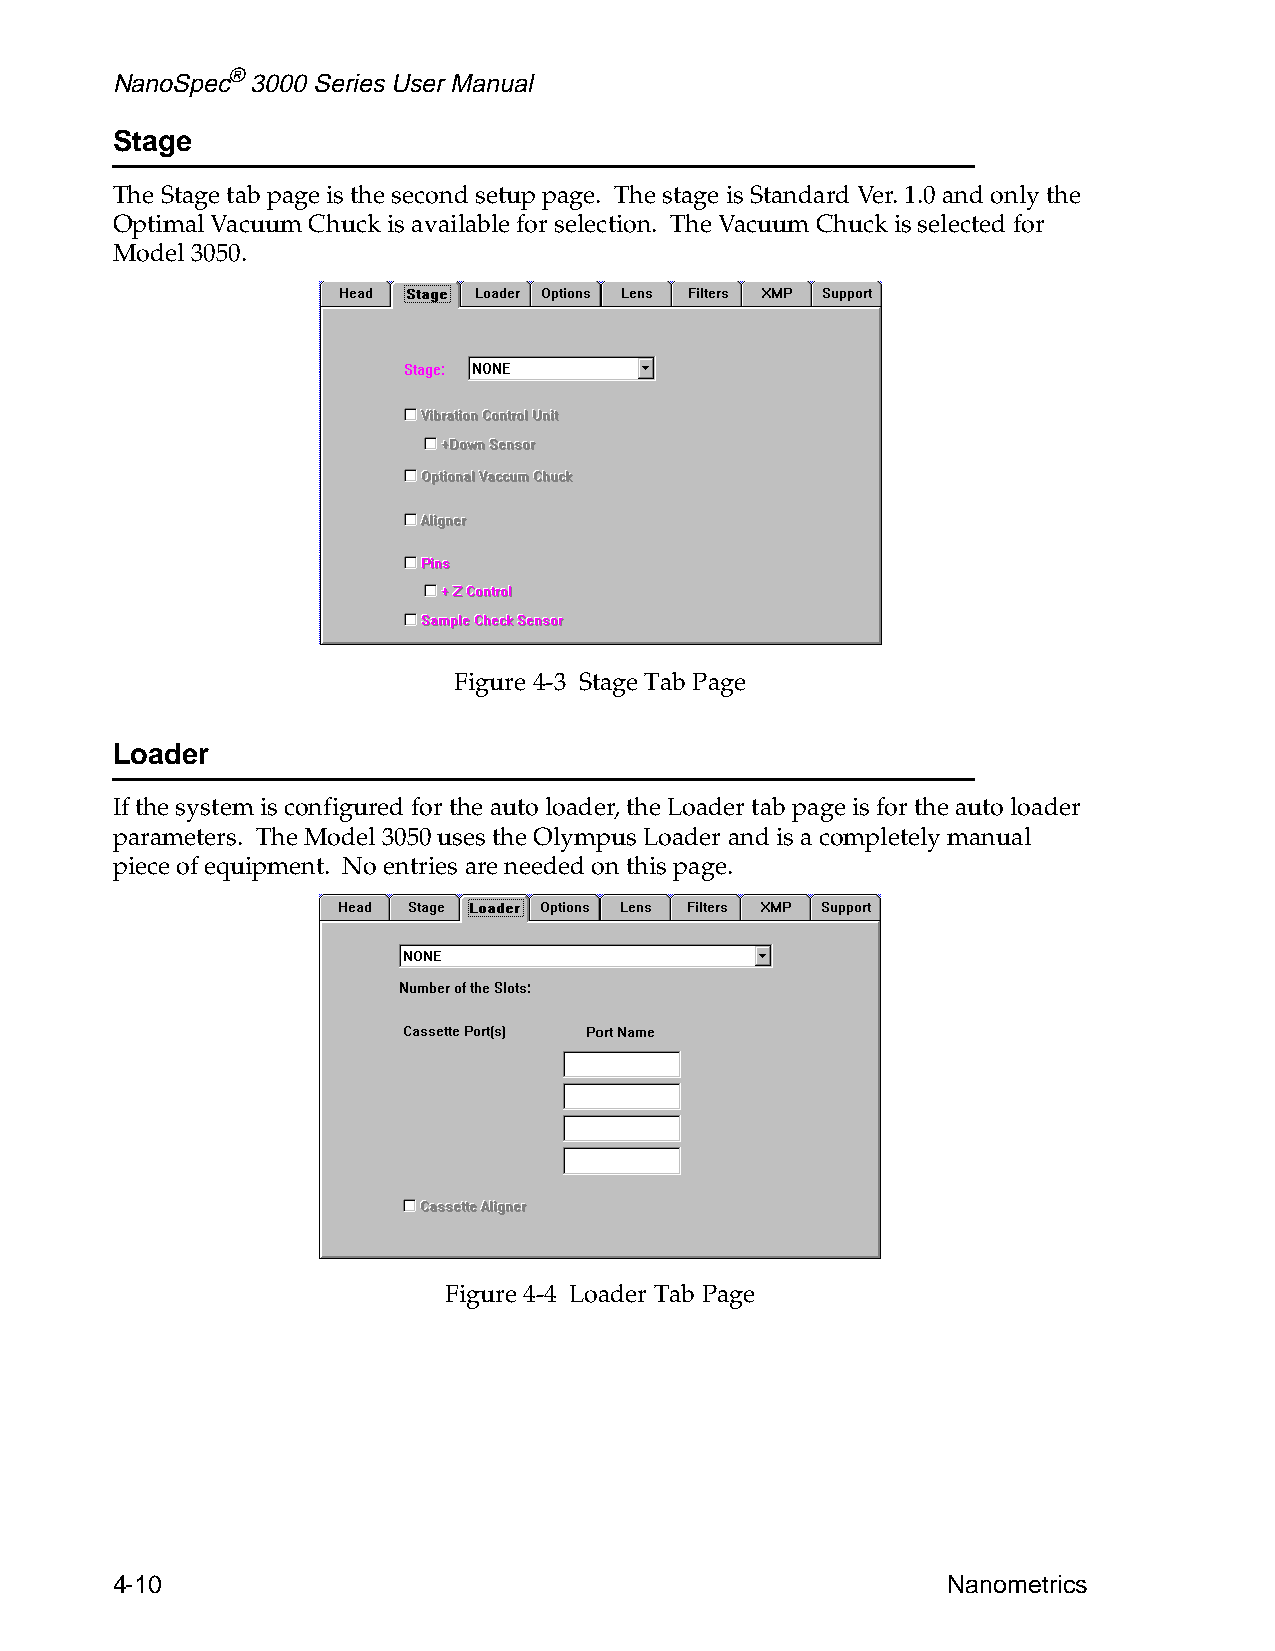
NanoSpec® 3000 Series User Manual
 Stage
 The Stage tab page is the second setup page. The stage is Standard Ver. 1.0 and only the
 Optimal Vacuum Chuck is available for selection. The Vacuum Chuck is selected for
 Model 3050.
 Figure 4-3 Stage Tab Page
 Loader
 If the system is configured for the auto loader, the Loader tab page is for the auto loader
 parameters. The Model 3050 uses the Olympus Loader and is a completely manual
 piece of equipment. No entries are needed on this page.
 Figure 4-4 Loader Tab Page
 4-10                                                    Nanometrics